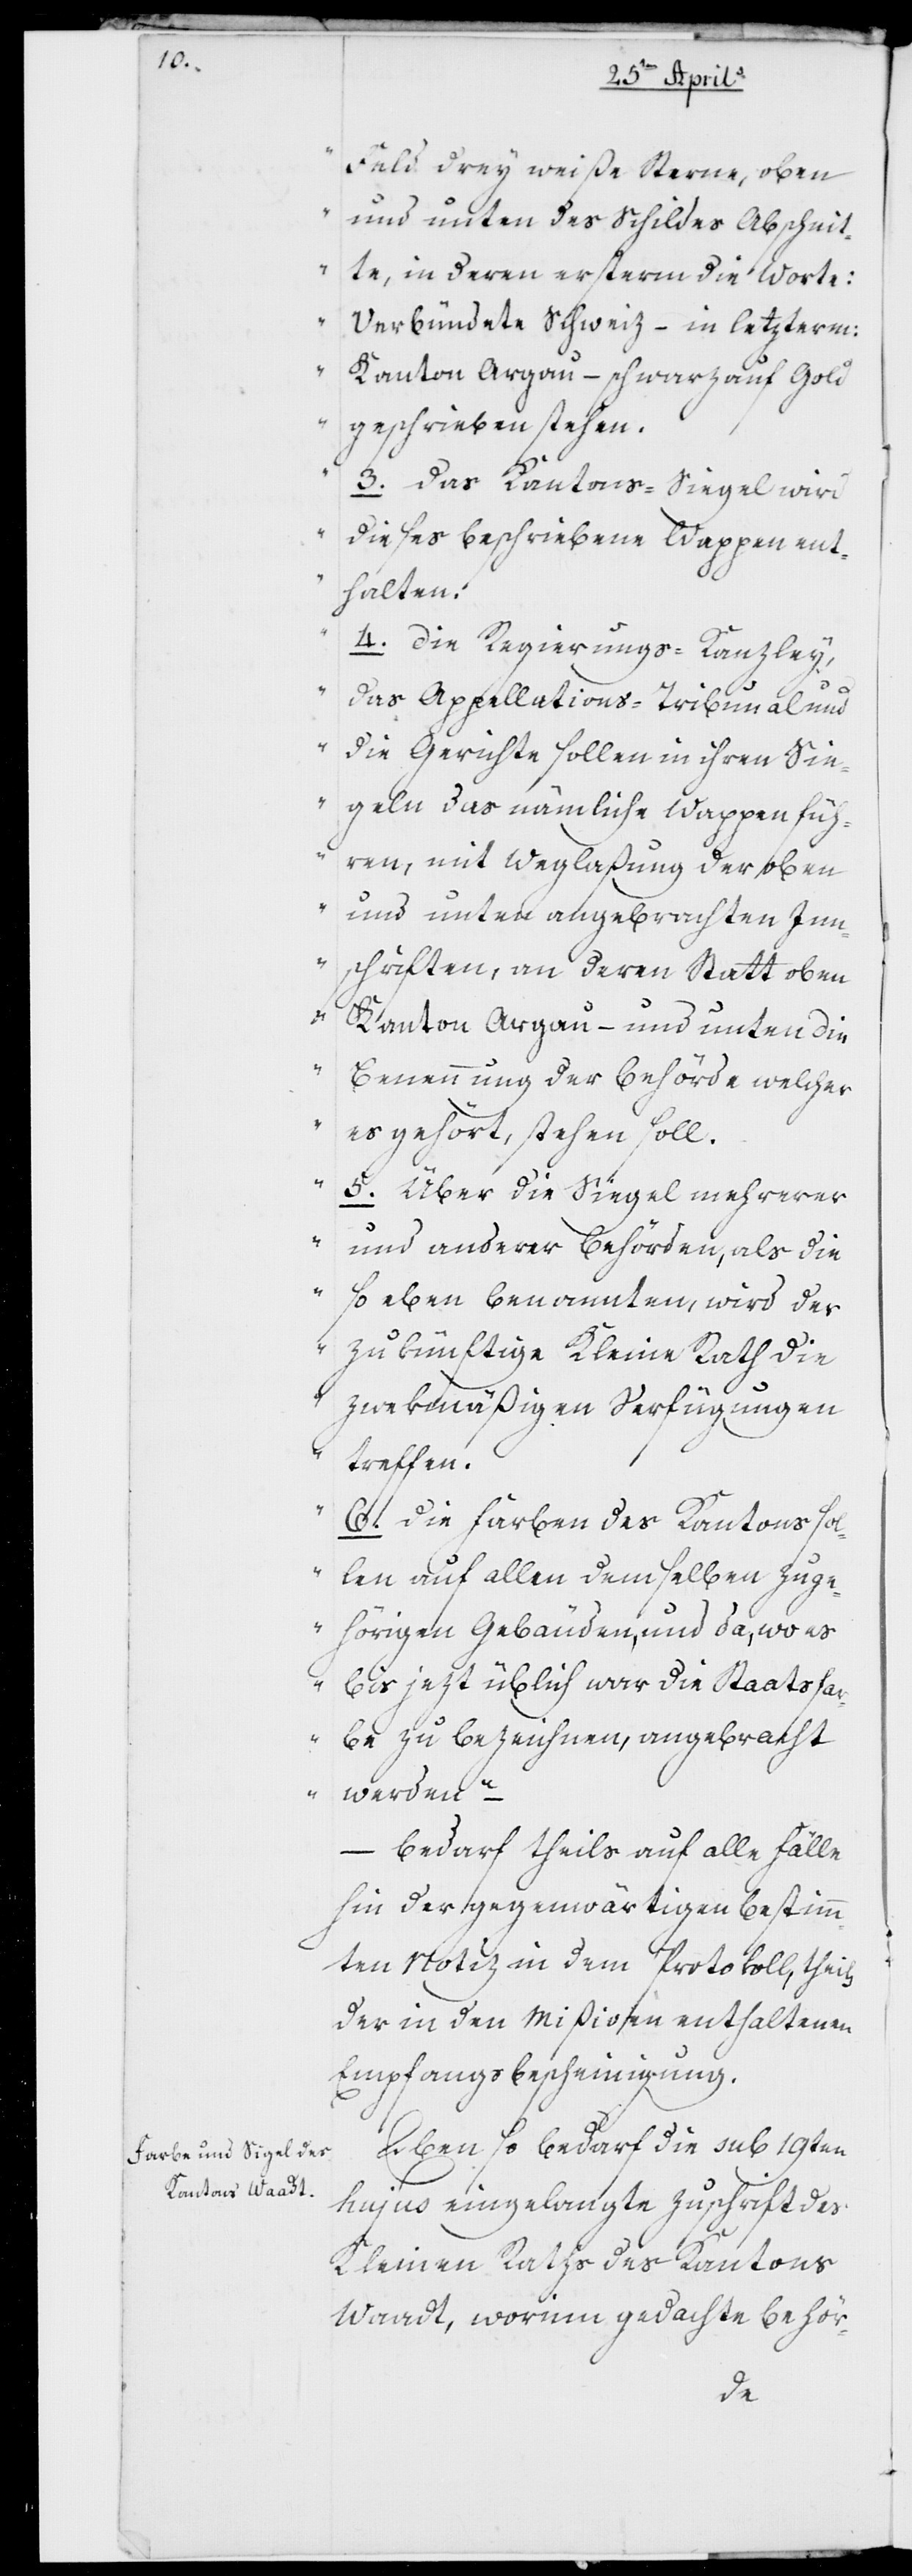
Feld drei weiße Sterne, oben
und unten des Schildes Abschnit¬
te, in deren ersterm die Worte:
Verbündete Schweiz – in letzterm:
Kanton Argau, schwarz auf Gold
geschrieben stehen.
3. Das Kantons-Siegel wird
dieses beschriebene Wappen ent¬
halten.
4. Die Regierungs-Kanzley,
das Appellations-Tribunal und
die Gerichte sollen in ihren Sie¬
geln das nämliche Wappen füh¬
ren, mit Weglaßung der oben
und unten angebrachten Inn¬
schriften, an deren Statt oben
Kanton Argau und unten die
Benennung der Behörde, welcher
es gehört, stehen soll.
5. Über die Siegel mehrerer
und anderer Behörden, als die
so eben benannten, wird der
zukünftige Kleine Rath die
zwekmäßigen Verfügungen
treffen.
6. Die Farben des Kantons sol¬
len auf allen demselben zuge¬
hörigen Gebäuden, und da, wo es
bis jetzt üblich war, die Staatsfa¬
rben zu bezeichnen, angebracht
werden“ –
–
bedarf theils auf alle Fälle
hin der gegenwärtigen bestimm¬
ten Notiz in dem Protokoll, theils
der in den Mißiven enthaltenen
Empfangsbescheinigung.
Eben so bedarf die sub 19ten
hujus eingelangte Zuschrift des
Kleinen Raths des Kantons
Waadt, worinn gedachte Behör-